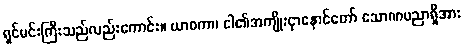
ရှင်မင်းကြီးသည်လည်းကောင်း။ ယာစကာ၊ ငါ၏အကျိုးငှာနောင်တော် သောဏပညာရှိအား